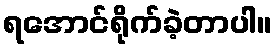
ရအောင်ရိုက်ခဲ့တာပါ။